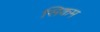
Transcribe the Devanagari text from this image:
सिकम